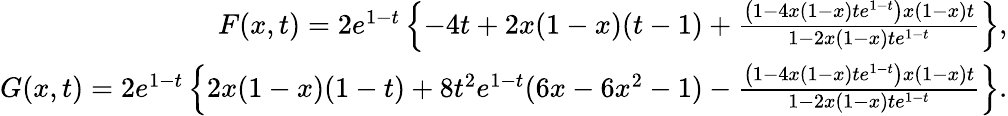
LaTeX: \begin{array}{r}{F(x,t)=2e^{1-t}\left\{ -4t+2x(1-x)(t-1)+\frac{\left(1-4x(1-x)te^{1-t}\right)x(1-x)t}{1-2x(1-x)te^{1-t}}\right\} ,}\\ {G(x,t)=2e^{1-t}\left\{ 2x(1-x)(1-t)+8t^{2}e^{1-t}(6x-6x^{2}-1)-\frac{\left(1-4x(1-x)te^{1-t}\right)x(1-x)t}{1-2x(1-x)te^{1-t}}\right\} .}\end{array}